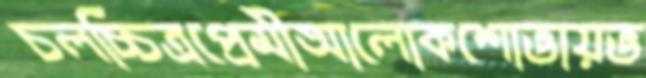
চলচ্চিত্রপ্রেমীআলোকশোভায়ভ